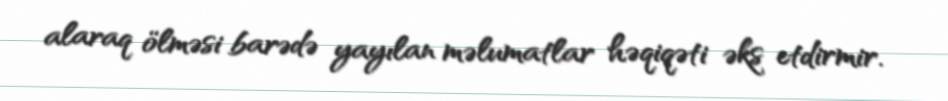
alaraq ölməsi barədə yayılan məlumatlar həqiqəti əks etdirmir.